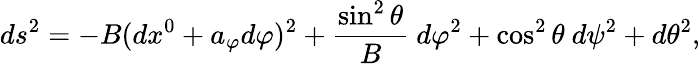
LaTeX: ds^{2}=-B(dx^{0}+a_{\varphi}d\varphi)^{2}+{\frac{\sin^{2}\theta}{B}}~d\varphi^{2}+\cos^{2}\theta~d\psi^{2}+d\theta^{2},